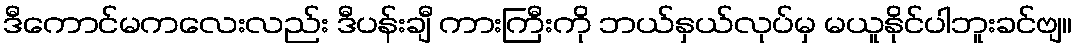
ဒီကောင်မကလေးလည်း ဒီပန်းချီ ကားကြီးကို ဘယ်နှယ်လုပ်မှ မယူနိုင်ပါဘူးခင်ဗျ။